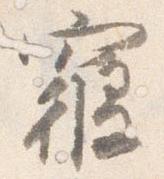
寝